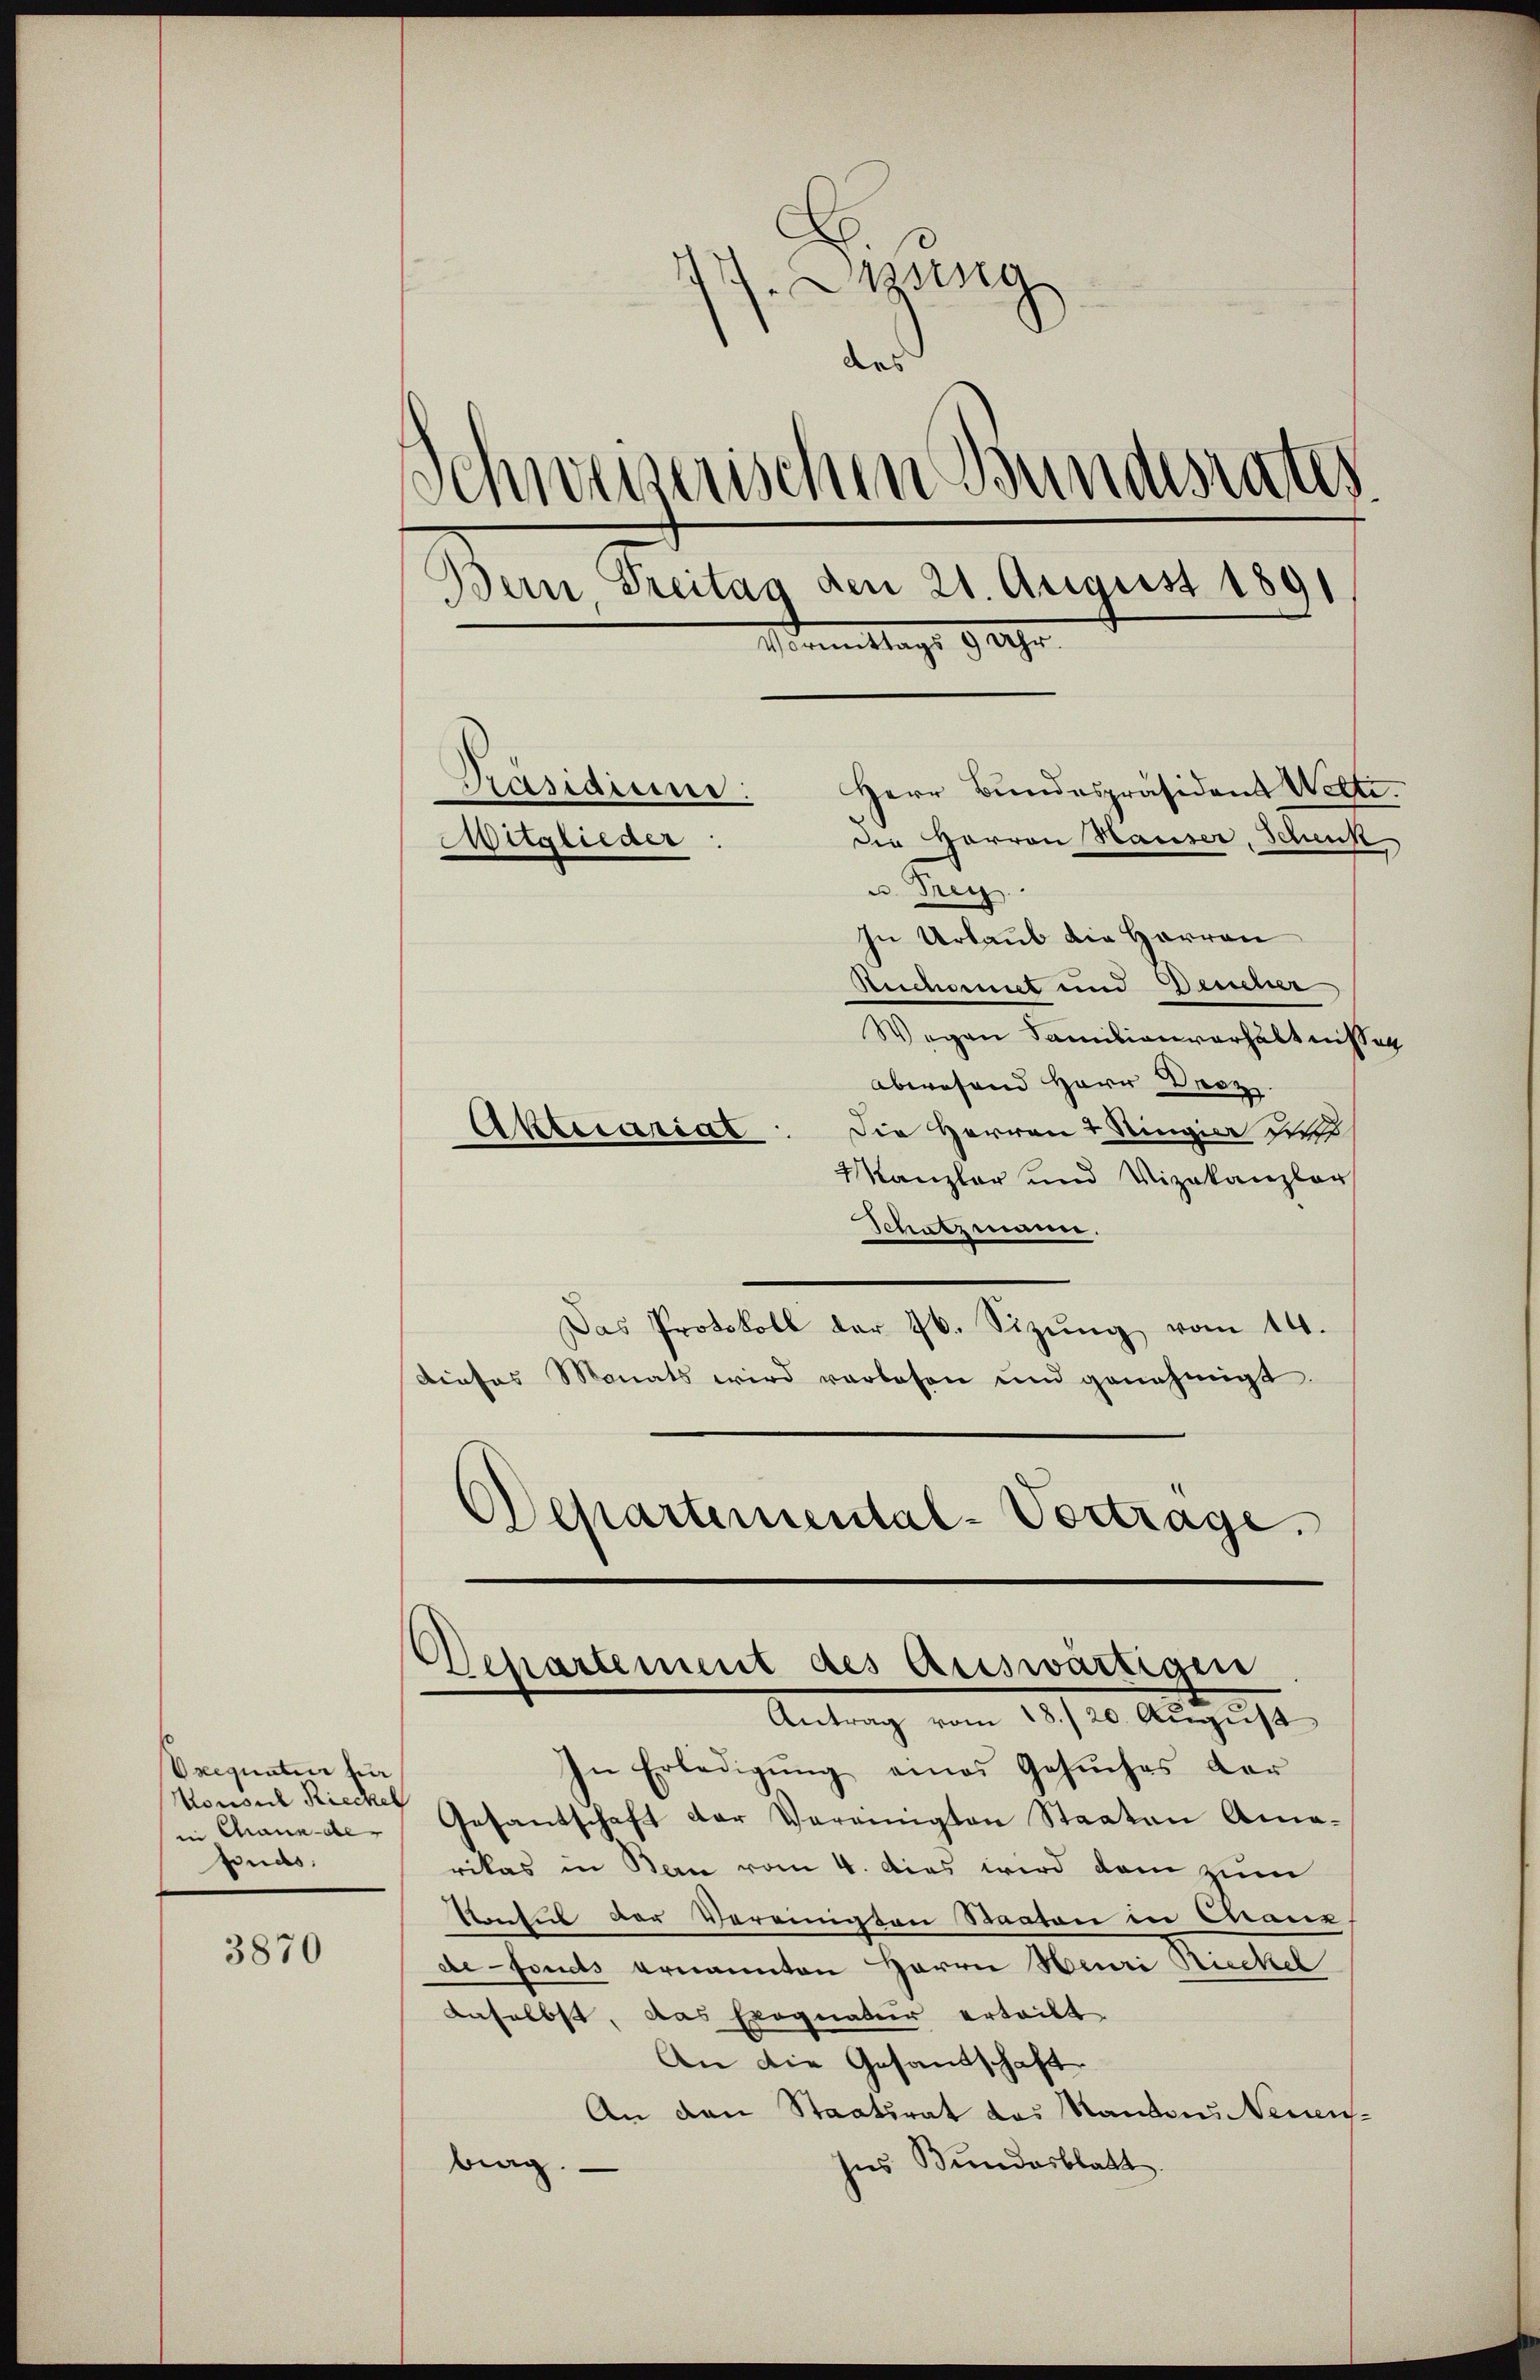
Oxequatur für
Konsul Rieckel
in Chaux-de-
fnds.

3870

.Ising
d
Schweizerischen Bundesrates
Bern, Treitag den 21. August 1891
Vermittags 9 1890.
Kasidium:
Herr Bundespräsident Welti.
die Herren Hauser, Schenk
Mitglieder:
u. Beg

In Urlaub die Herren
Ruchornet und Deucher
Wegen Familienverhältnissen
abwesend Herr Droz.
Die Herren & Ringia dieß
Aktuariat
Kanzler und Vizekanzler
Schatzmann.
Das Protokoll der 76. Sizŭng vom 14.
dieses Monats wird verlesen und genehmigt.
Departemental-Vortrage.

Departement des auswärtigen
Antrag vom 18./20. Aŭgŭst

In Erledigung eines Gesuches der
Gesantschaft der Vereinigten Staaten Ama-
rikas in Bern vom 4. dies wird dem zum
Antul der Vereinigten Staaten in Cranz,
defonds ernannten Herrn Heuri Ruchel
Anselbst, das Exequatur ertritt
An die Gesantschaft
An den Staatsrat des Kantons Neuen¬
Ins Bundesblatt
brag.